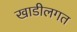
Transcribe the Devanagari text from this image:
खाडीलगत